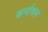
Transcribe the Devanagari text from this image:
कर्नावल